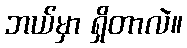
ဘယ်မှာ ရှိတာလဲ။